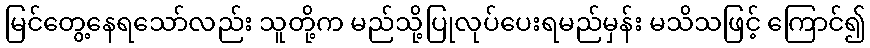
မြင်တွေ့နေရသော်လည်း သူတို့က မည်သို့ပြုလုပ်ပေးရမည်မှန်း မသိသဖြင့် ကြောင်၍